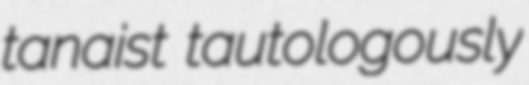
tanaist tautologously